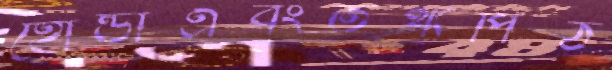
হোন্ডাএবংতথ্যপিঠ